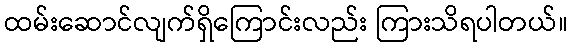
ထမ်းဆောင်လျက်ရှိကြောင်းလည်း ကြားသိရပါတယ်။